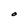
Character: O